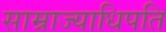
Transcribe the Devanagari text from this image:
साम्राज्याधिपति